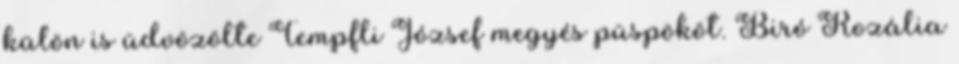
külön is üdvözölte Tempfli József megyés püspököt. Biró Rozália